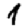
Digit: 1